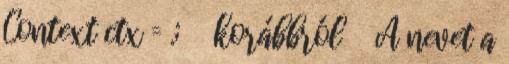
Context ctx = .; korábbról A nevet a